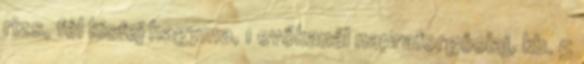
rizs, fél kisfej hagyma, 1 evőkanál napraforgóolaj, kb. 5